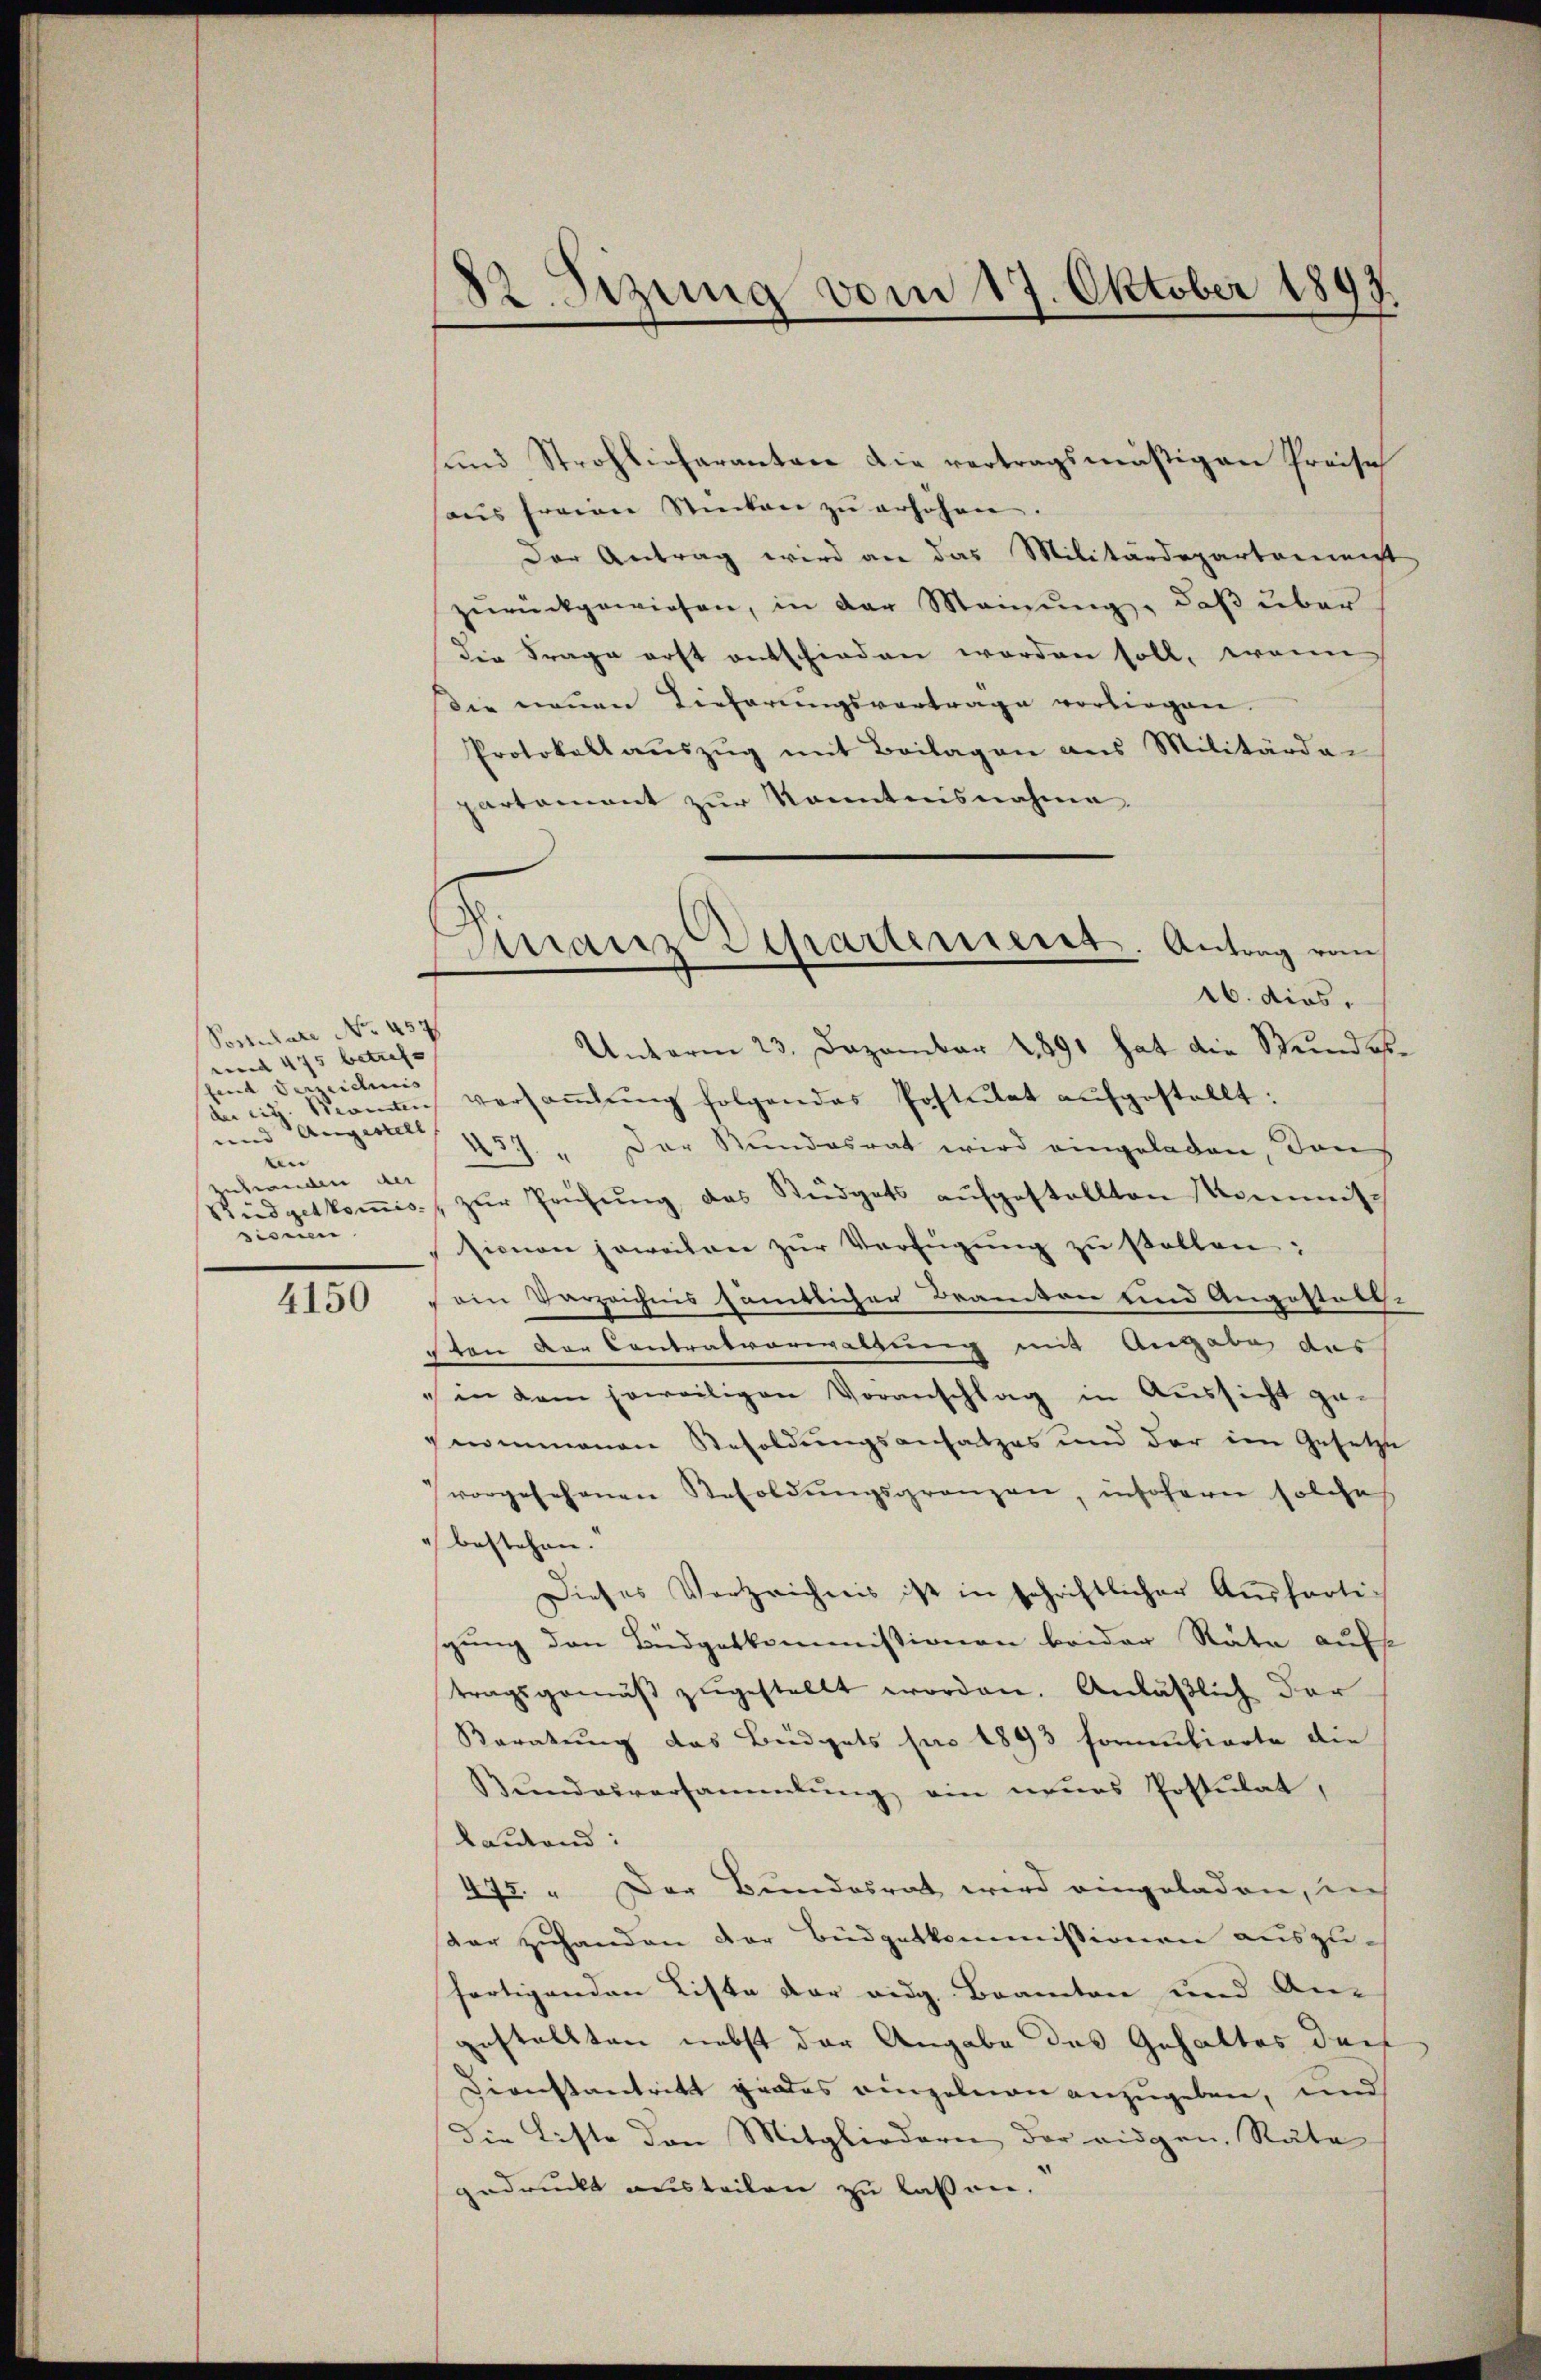
Postulate No. 457
vnnd 475 betrefe
fend Verzeichnis
de cit. Sonnen |
und Angestell
n
entweden der
Rüdgetkomissiscien

4150

82 Sizung vom 17. Oktober 1893

Manz Departement. Antrag vom

sund Strohlicharanten die vertragsmäßigen Preise
aus freien Sticken zŭ erhöhen.
Der Antrag wird an das Militärdepartement
zŭrückgewiesen, in der Manzung, daß über
die Frage erst entschieden worden soll, wenn
Die neuen Tieferungsvertrage vorliegen.
Protokoll aŭszŭg mit Beilagen aus Militärder
partement zur Kenntnisnahme.
16. dies
Unterm 23. Dezember 1891 hat die Stundesversaṁlŭng folgendes Postulat aŭfgestellt:
137. " Der Stundesrat wird eingeladen, don
zŭr Prüfŭng das Büdgets aŭfgestellten Kommis-
sionen jeweilen zŭr Verfügŭng zŭ stellen:
ein Verzeichnis sämmtlicher Beamten und Angestatte
sten der Contratvorwaltung mit Angabe das
in dem jeweiligen Voranschlag in Aussicht ge-
nommenen Resoldungsansatzes und der im Gesetze
vorgesehenen Resoldŭngsgränzen, insofern solche
 bestehen.
Dieses Verzeichnis ist in schriftlicher Ausfertistung den Büdgetkommissionen beider Räte aufs
tragsgemäβ zŭgestellt worden. Anläßlich der
Beratung das Büdgets pro 1893 formulierte die
Bundesversammlung ein neues Postulat,
lautend:
475. „Der Bundesrat wird eingeladen, in
dar zuhanden der Büdgetkommissionen auszuch
fertigenden Liste der eidg. Beamten und An-
gestellten nebst der Angabe des Gehaltes darf
Dienstantritt jedes einzelnen anzugeben, und
die Liste den Mitgliedern der eidgen. Räte
gedruckt austeilen zu lassen.